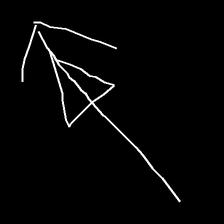
Glyph: pull